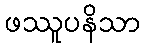
ဖဿူပနိသာ